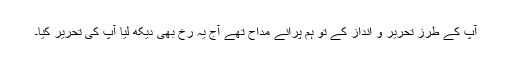
آپ کے طرز تحریر و انداز کے تو ہم پرانے مداح تھے آج یہ رخ بھی دیکھ لیا آپ کی تحریر کیا۔